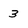
Character: 3